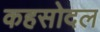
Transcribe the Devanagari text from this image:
कहसोदल